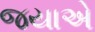
જયાએ